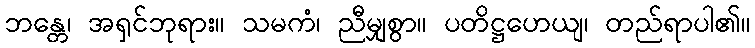
ဘန္တေ၊ အရှင်ဘုရား။ သမကံ၊ ညီမျှစွာ။ ပတိဋ္ဌဟေယျ၊ တည်ရာပါ၏။